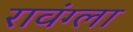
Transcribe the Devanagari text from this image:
रावंग्ला